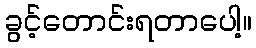
ခွင့်တောင်းရတာပေါ့။